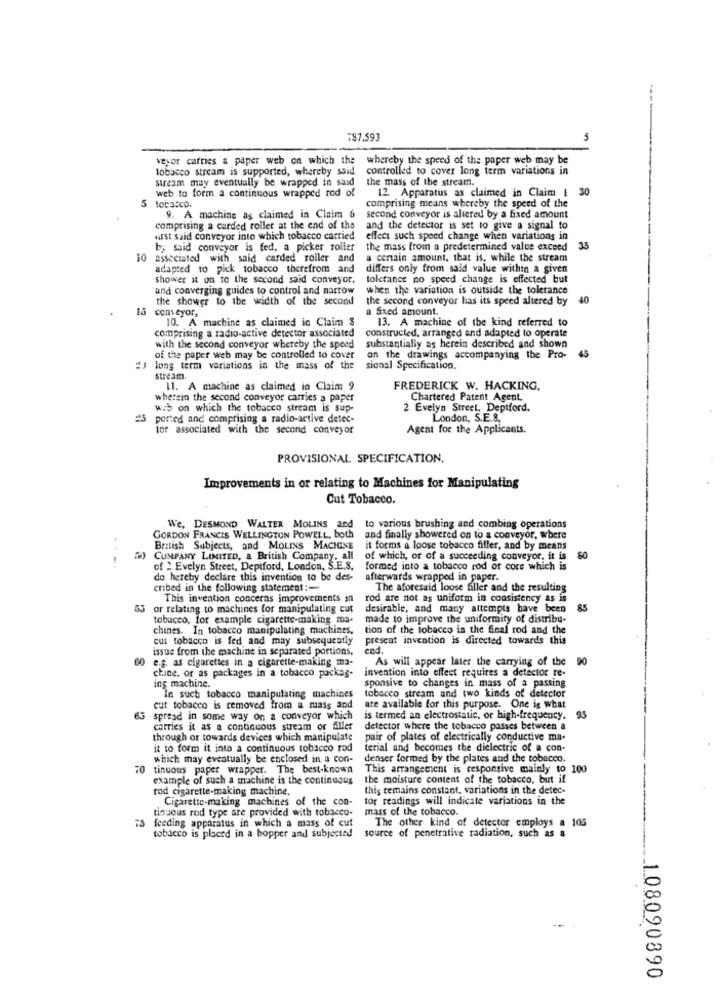
=37.593
veyor carries a paper web on which the whereby the speed of the paper web may be
tobacco stream is supported, whereby said
controlled to cover long term variations in
stream may eventually be wrapped in said
the mass of the stream.
web to form a continuous wrapped rod of
12. Apparatus as claimed in Claim | 3
5.
tobacco.
comprising means whereby the speed of the
9. A machine as claimed in Claim 6
second conveyor is altered by a fixed amount
comprising a carded roller at the end of the
and the detector is set to give a signal to
wirst said conveyor into which tobacco carried
effect such speed change when variations in
by said conveyor is fed, a picker roller
the mass from a predetermined value exceed
35
10
associated with said carded roller and
a certain amount, that is, while the stream
adapted to pick tobacco therefrom and
differs only from said value within a given
shower it on to the second said conveyor,
tolerance no speed change is effected but
and converging guides to control and narrow
when the variation is outside the tolerance
the shower to the width of the second
the second conveyor has its speed altered by
40
15 conveyor,
a Sxed amount.
10. A machine as claimed in Claim $
13. A machine of the kind referred to
comprising a radio-active detector associated
constructed, arranged and adapted to operate
with the second conveyor whereby the speed
substantially as herein described and shown
45
of the paper web may be controlled to cover
on the drawings accompanying the Pro-
long term variations in the mass of the
sional Specification,
stream.
Il. A machine as claimed in Claim 9
FREDERICK W. HACKING.
wherein the second conveyor carries a paper
Chartered Patent Agent.
web on which the tobacco stream is sup-
2 Evelyn Street. Deptford.
25 ported and comprising a radio-active detec-
London, S.E.S.
tor associated with the second conveyor
Agent for the Applicants.
PROVISIONAL SPECIFICATION,
Improvements in or relating to Machines for Manipulating
Cut Tobacco.
We, DESMOND WALTER MOLINS and
to various brushing and combing operations
GORDON FRANCIS WELLINGTON POWELL, both
and finally showered on to a conveyor, where
British Subjects, and MOLINS MACHINE
it forms a loose tobacco filler, and by means
CUMPANY LIMITED, a British Company, all
of which, or of a succeeding conveyor, it is
80
---.
of : Evelyn Street, Deptford, London, S.E.S.
formed into a tobacco rod or core which is
do hereby declare this invention to be des-
afterwards wrapped in paper.
cribed in the following statement :-
The aforesaid loose filler and the resulting
This invention concerns improvements in
rod are not as uniform in consistency as is
53 or relating to machines for manipulating cut
desirable, and many attempts have been
85
tobucco, for example cigarette-making ma-
made to improve the uniformity of distribu-
chines. In tobacco manipulating machines.
tion of the tobacco is the final rod and the
cut tobacco is fed and may subsequently
preseat invention is directed towards this
issue from the machine in separated portions,
end.
60 e.g. as cigarettes in a cigarette-making ma-
As will appear later the carrying of the
90
invention into effect requires a detector re-
chine, or as packages in a tobacco packag-
ing machine.
sponsive to changes in mass of a passing
In such tobacco manipulating machines
tobacco stream and two kinds of detector
cut tobacco is removed from a mass and
are available for this purpose. One is what
65 spread in some way on a conveyor which
is termed an electrostatic, or high-frequency. 95
carries it as a continuous stream of filler
detector where the tobacco passes between a
through or towards devices which manipulate
pair of plates of electrically conductive ma-
it to form it into a continuous tobacco rod
terial and becomes the dielectric of a con-
which may eventually be enclosed in a con-
denser formed by the plates and the tobacco.
tinuous paper wrapper. The best-known
This arrangement is responsive mainly to 100
example of such a machine is the continuous
the moisture content of the tobacco, but if
rod cigarette-making machine.
this remains constant, variations in the detec-
Cigarette-making machines of the con-
tor readings will indicate variations in the
tinuous rod type are provided with tobacco-
mass of the tobacco.
feeding apparatus in which a mass of cut
The other kind of detector employs a 105
tobacco is placed in a hopper and subjected
source of penetrative radiation, such as a
108090890